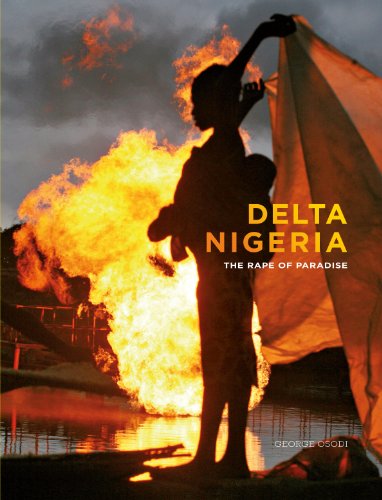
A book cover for Delta Nigeria: The Rape of Paradise; Geoge Osodi; History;